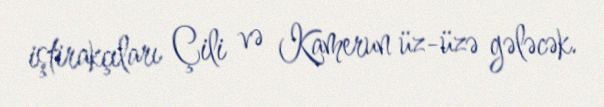
iştirakçıları Çili və Kamerun üz-üzə gələcək.